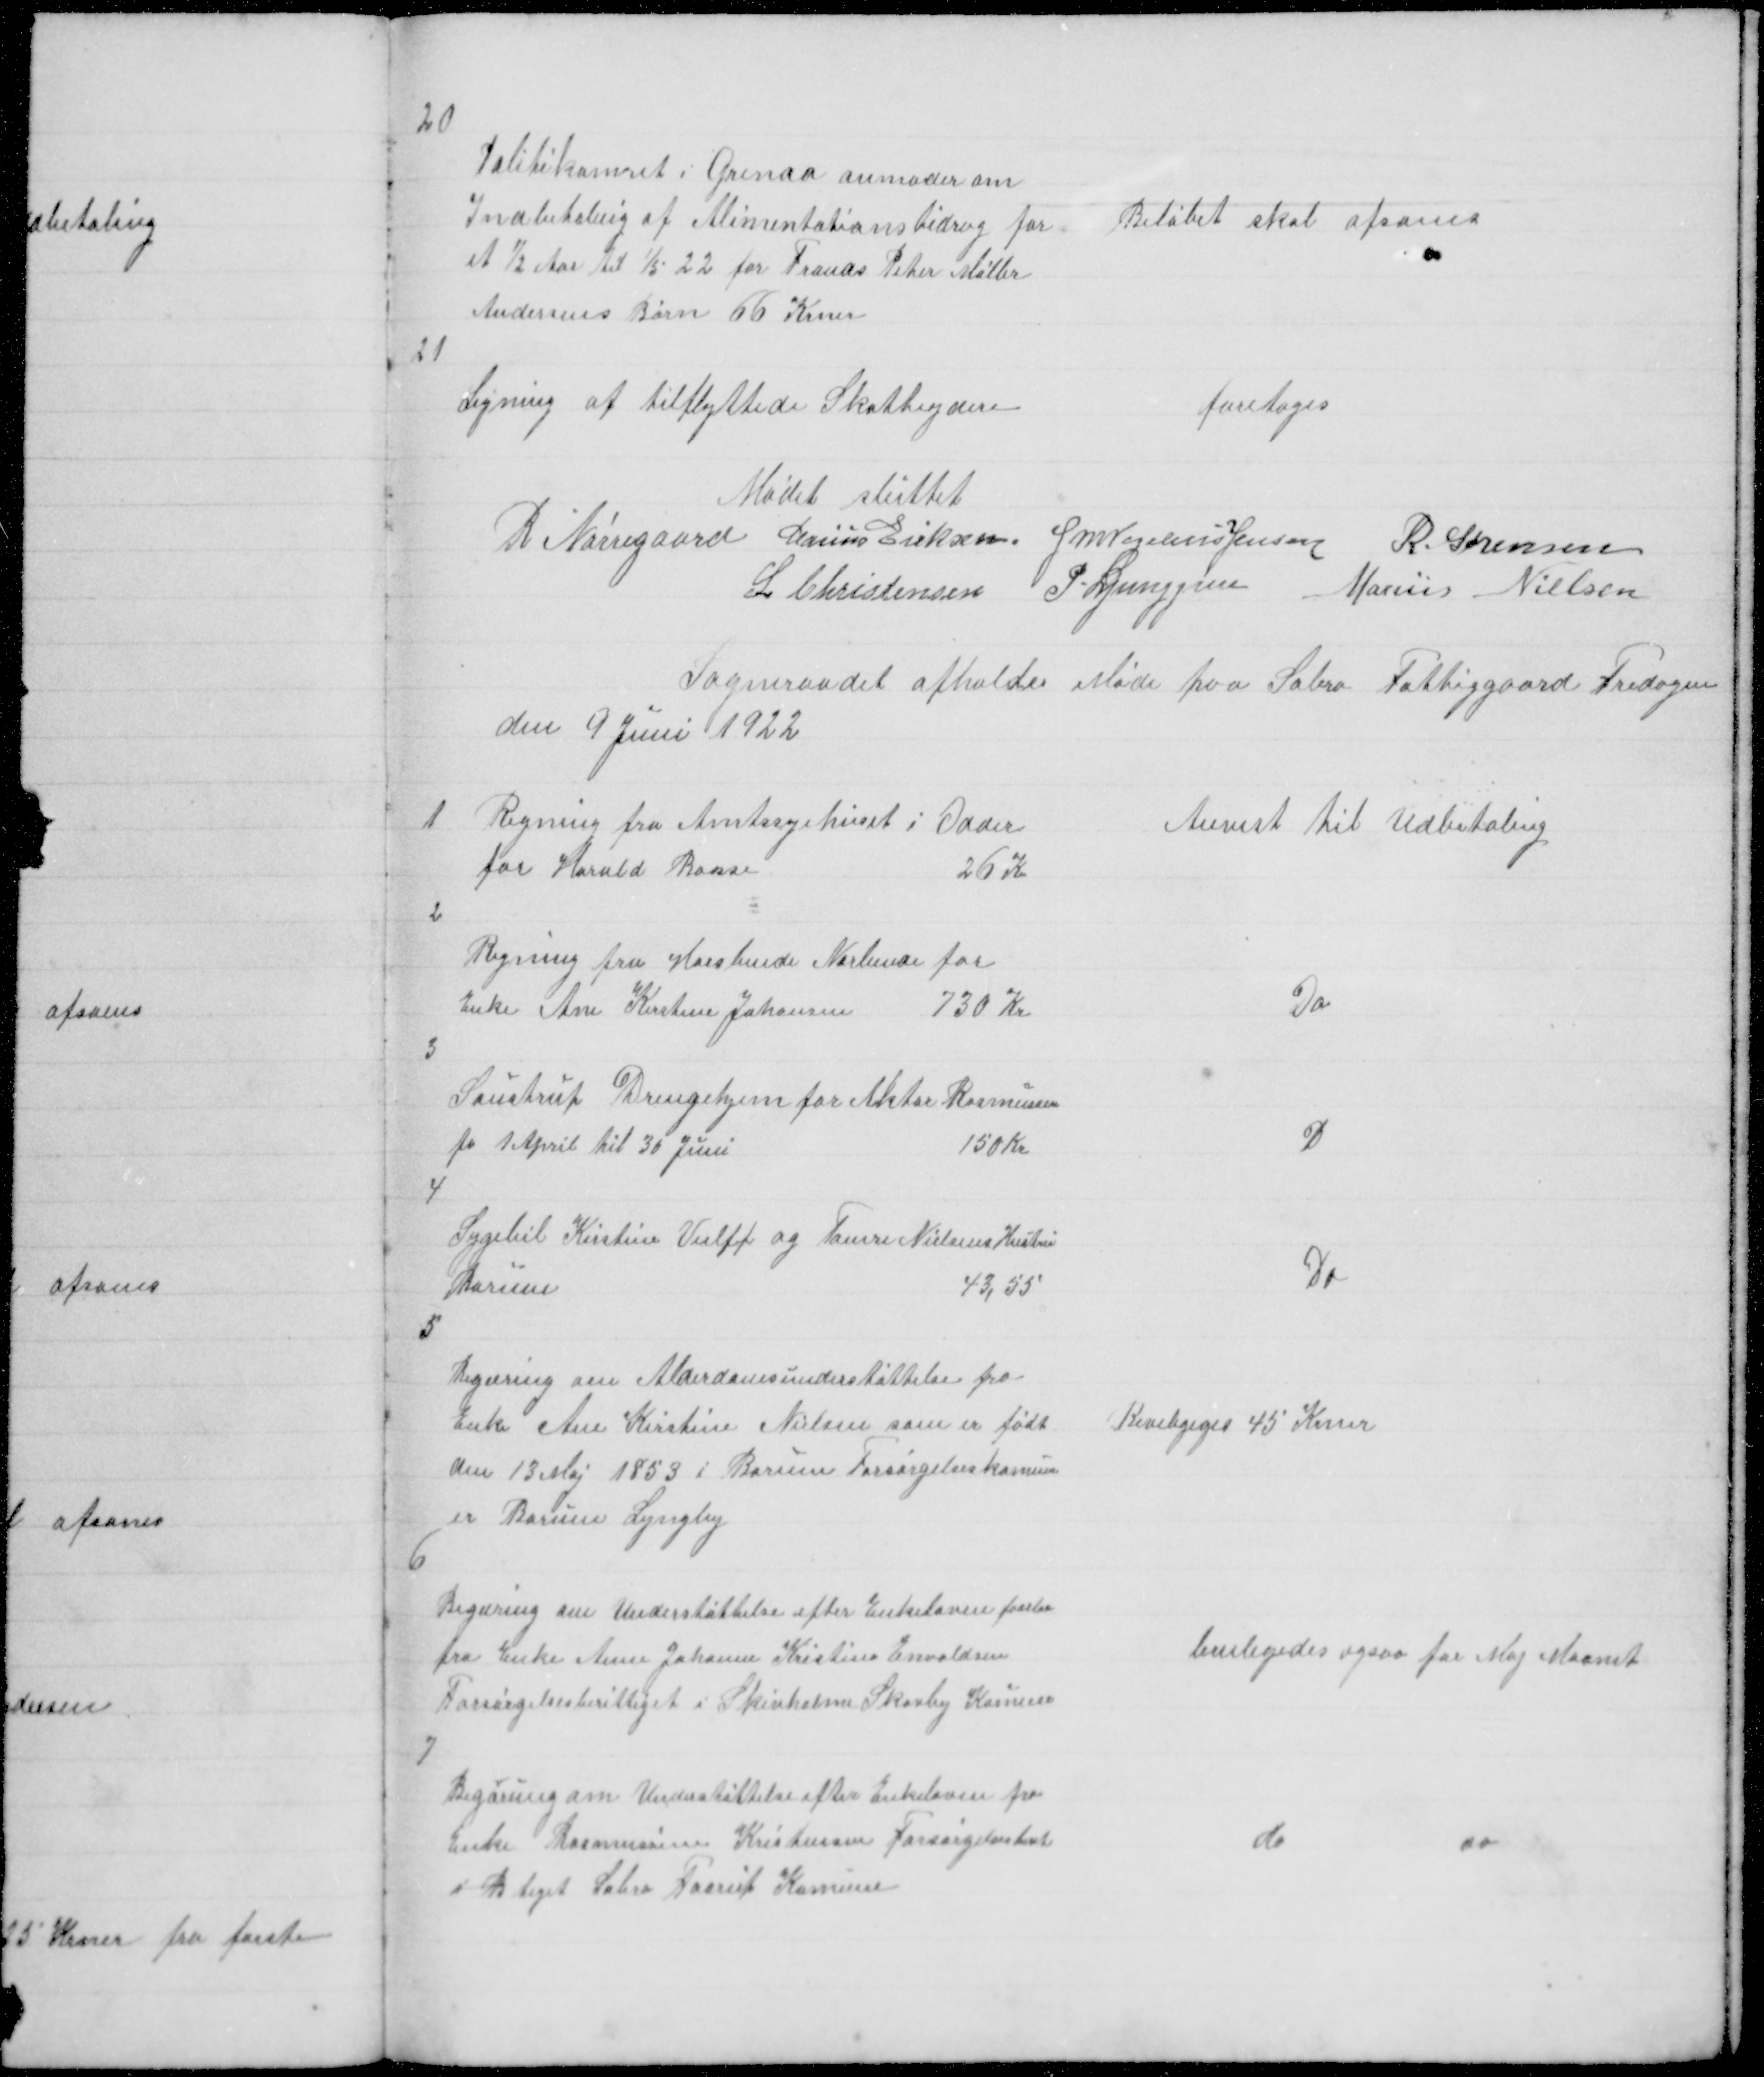
Transskription:
20

Politikamret i Grenaa anmoder om
Indbetaling af Alimentationsbidrag for
et ½ Aar til 1/5 22 for Frands Peter Møller
Andersens Børn 66 Krner

Beløbet skal afsones

21

Ligning af tilflyttede Skatteydere

foretoges

Mødet sluttet
R Nørregaard Marius Eriksen J M Vogelius Jensen R. Sørensen
L Christensen P. Ljunggren Marius Nielsen

Sogneraadet afholder Møde paa Sabro Fattiggaard Fredagen
den 9 Juni 1922

Anvist til Udbetaling

Regning fra Amtssyehuset i Odder
for Harald Basse
26 K

1

2

Regning fra Horslunde Norlunde for
Enke Ane Kirstine Johansen 730 Kr

Do

3

Saustrup Drengehjem for Aktor Rasmussen
fr 1. April til 30 Juni
150 Kr

D

4

Sygebil Kirstine Vulff og Tømre Nielsens Hustru
Borum
43, 55

Do

5

Begæring om Alderdomsunderstøttelse fra
Enke Ane Kirstine Nielsen som er født
den 13 Maj 1853 i Borum Forsørgelseskomune
er Borum Lyngby

Beviligeges 45 Krner

6

Begæring om Understøttelse efter Enkeloven forelaa
fra Enke Anne Johanne Kristine Envoldsen
Forsørgelsesberettiget i Skivholme Skovby Komune

beviligedes ogsaa for maj Maanet

7

Begæring om Understøttelse efter Enkeloven fra
Enke Rasmussine Kristensen Forsørgelsesberet
i B tiget i Sabro Faarup Komune

do

do